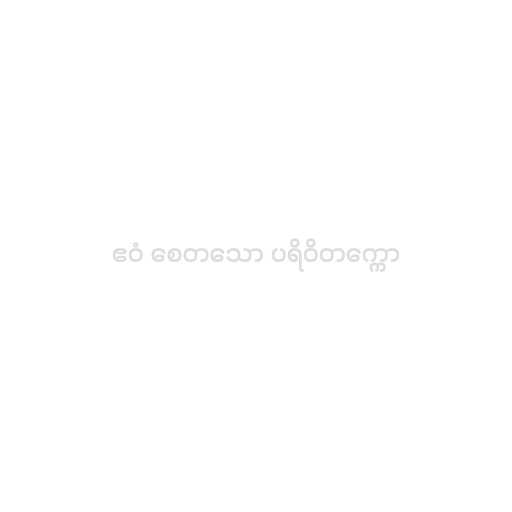
ဧဝံ စေတသော ပရိဝိတက္ကော